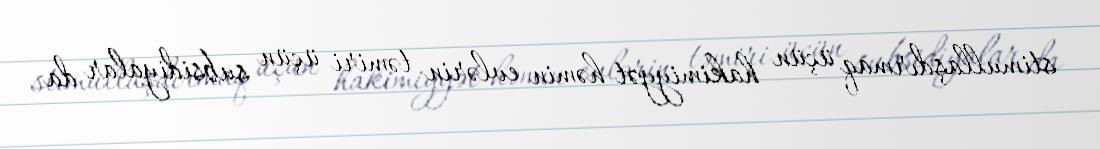
stimullaşdırmaq üçün hakimiyyət həmin evlərin təmiri üçün subsidiyalar da